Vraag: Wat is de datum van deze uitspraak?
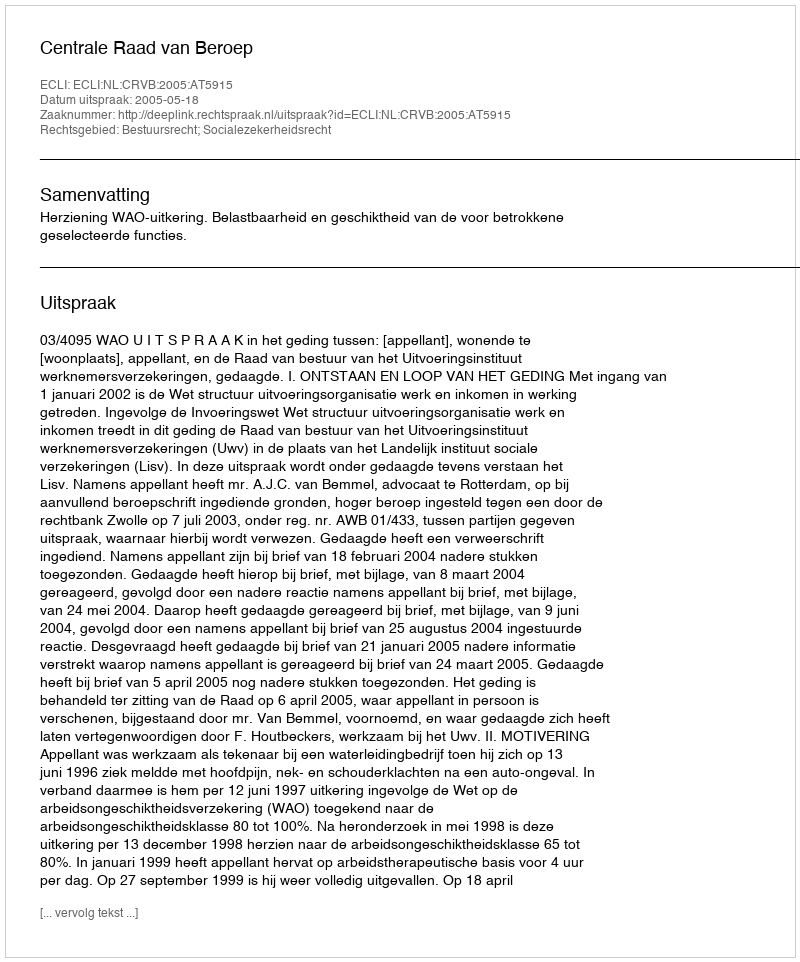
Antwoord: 2005-05-18